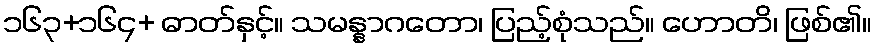
၁၆၃+၁၆၄+ ဓာတ်နှင့်။ သမန္နာဂတော၊ ပြည့်စုံသည်။ ဟောတိ၊ ဖြစ်၏။